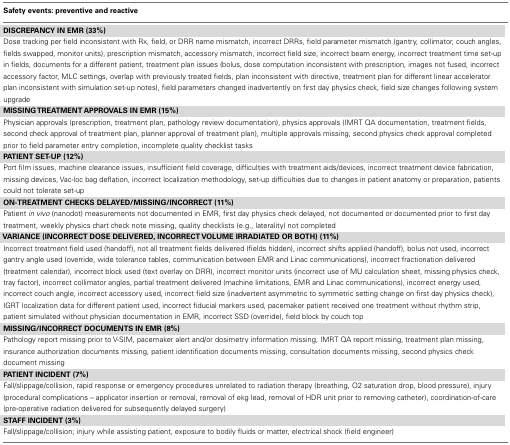
| Safety events: preventive and reactive |
 | --- |
 | DISCREPANCY IN EMR (33%) |
 | Dose tracking per field inconsistent with Rx, field, or DRR name mismatch, incorrect DRRs, field parameter mismatch (gantry, collimator, couch angles, fields swapped, monitor units), prescription mismatch, accessory mismatch, incorrect field size, incorrect beam energy, incorrect treatment time set-up in fields, documents for a different patient, treatment plan issues (bolus, dose computation inconsistent with prescription, images not fused, incorrect accessory factor, MLC settings, overlap with previously treated fields, plan inconsistent with directive, treatment plan for different linear accelerator plan inconsistent with simulation set-up notes), field parameters changed inadvertently on first day physics check, field size changes following system upgrade |
 | MISSING TREATMENT APPROVALS IN EMR (15%) |
 | Physician approvals (prescription, treatment plan, pathology review documentation), physics approvals (IMRT QA documentation, treatment fields, second check approval of treatment plan, planner approval of treatment plan), multiple approvals missing, second physics check approval completed prior to field parameter entry completion, incomplete quality checklist tasks |
 | PATIENT SET-UP (12%) |
 | Port film issues, machine clearance issues, insufficient field coverage, difficulties with treatment aids/devices, incorrect treatment device fabrication, missing devices, Vac-loc bag deflation, incorrect localization methodology, set-up difficulties due to changes in patient anatomy or preparation, patients could not tolerate set-up |
 | ON-TREATMENT CHECKS DELAYED/MISSING/INCORRECT (11%) |
 | Patient in vivo (nanodot) measurements not documented in EMR, first day physics check delayed, not documented or documented prior to first day treatment, weekly physics chart check note missing, quality checklists (e.g., laterality) not completed |
 | VARIANCE (INCORRECT DOSE DELIVERED, INCORRECT VOLUME IRRADIATED OR BOTH) (11%) |
 | Incorrect treatment field used (handoff), not all treatment fields delivered (fields hidden), incorrect shifts applied (handoff), bolus not used, incorrect gantry angle used (override, wide tolerance tables, communication between EMR and Linac communications), incorrect fractionation delivered (treatment calendar), incorrect block used (text overlay on DRR), incorrect monitor units (incorrect use of MU calculation sheet, missing physics check, tray factor), incorrect collimator angles, partial treatment delivered (machine limitations, EMR and Linac communications), incorrect energy used, incorrect couch angle, incorrect accessory used, incorrect field size (inadvertent asymmetric to symmetric setting change on first day physics check), IGRT localization data for different patient used, incorrect fiducial markers used, pacemaker patient received one treatment without rhythm strip, patient simulated without physician documentation in EMR, incorrect SSD (override), field block by couch top |
 | MISSING/INCORRECT DOCUMENTS IN EMR (8%) |
 | Pathology report missing prior to V-SIM, pacemaker alert and/or dosimetry information missing, IMRT QA report missing, treatment plan missing, insurance authorization documents missing, patient identification documents missing, consultation documents missing, second physics check document missing |
 | PATIENT INCIDENT (7%) |
 | Fall/slippage/collision, rapid response or emergency procedures unrelated to radiation therapy (breathing, O2 saturation drop, blood pressure), injury (procedural complications – applicator insertion or removal, removal of ekg lead, removal of HDR unit prior to removing catheter), coordination-of-care (pre-operative radiation delivered for subsequently delayed surgery) |
 | STAFF INCIDENT (3%) |
 | Fall/slippage/collision; injury while assisting patient, exposure to bodily fluids or matter, electrical shock (field engineer) |